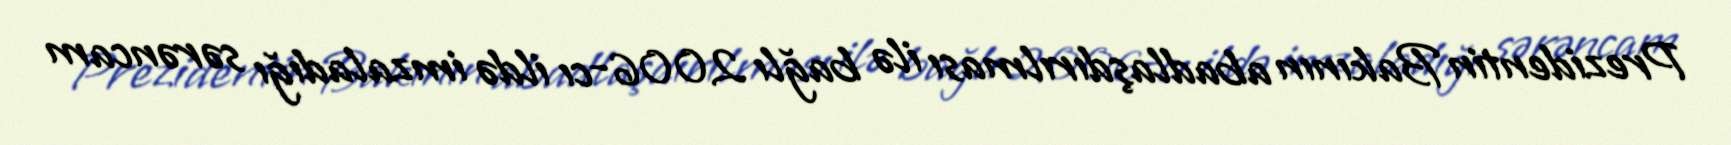
Prezidentin Bakının abadlaşdırılması ilə bağlı 2006-cı ildə imzaladığı sərəncam